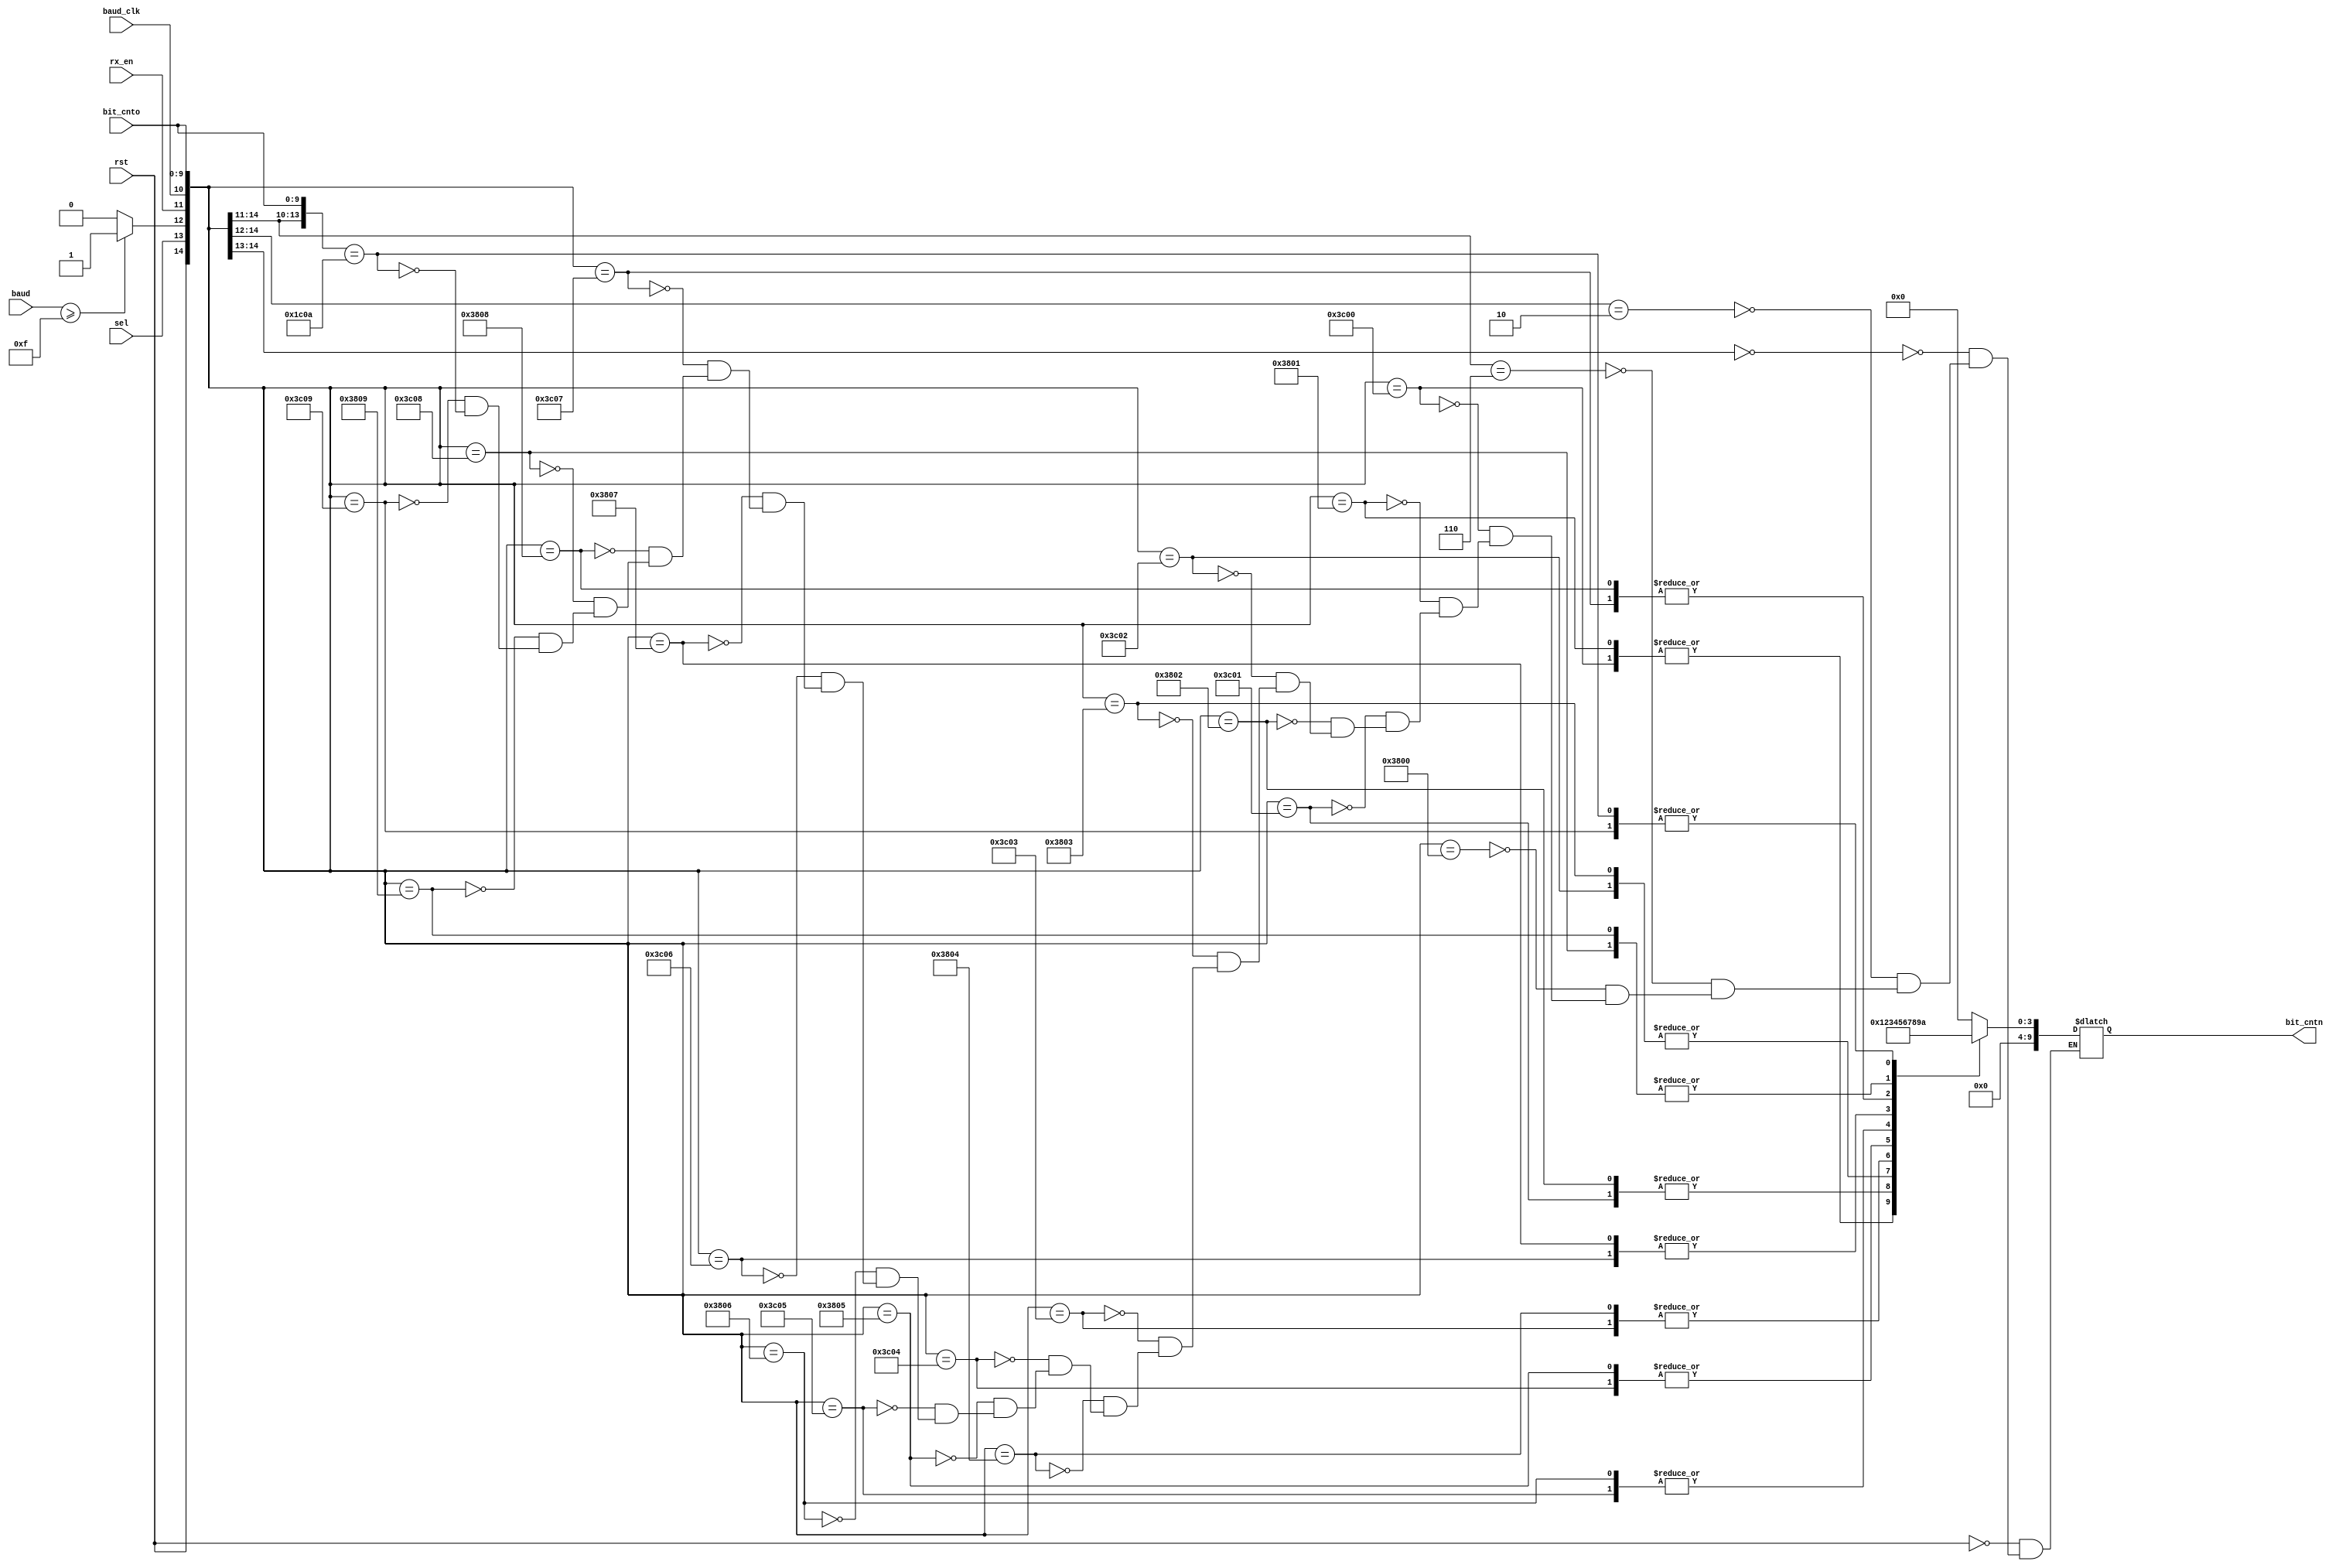
module rx_cp
(
	input wire			rst,
	input wire			sel,
	input wire			rx_en,
	input wire			baud_clk,
	input wire [9:0]  bit_cnto,
	input wire [19:0] baud,
	
	output reg [9:0] bit_cntn
);

wire valid_baud;

assign valid_baud = (baud >= 20'd15) ? 1'b1 : 1'b0;

always @ *
begin

	casex ({rst, sel, valid_baud, rx_en,  baud_clk, bit_cnto})
	
	{1'b1, 1'bx, 1'bx, 1'bx, 1'bx, 10'dx}: bit_cntn <= 10'd0;	// reset control
	
	{1'b0, 1'b0, 1'bx, 1'bx, 1'bx, 10'dx}: bit_cntn <= 10'd0;	// standby
	
	{1'b0, 1'b1, 1'b0, 1'bx, 1'bx, 10'dx}: bit_cntn <= 10'dx;	// invalid baudrate
	
	{1'b0, 1'b1, 1'b1, 1'b0, 1'bx, 10'dx}: bit_cntn <= 10'd0;	// idling
	
	{1'b0, 1'b1, 1'b1, 1'b1, 1'b0, 10'd0}: bit_cntn <= 10'd0;	// rx start bit
	{1'b0, 1'b1, 1'b1, 1'b1, 1'b1, 10'd0}: bit_cntn <= 10'd1;
	
	{1'b0, 1'b1, 1'b1, 1'b1, 1'b0, 10'd1}: bit_cntn <= 10'd1;	// rx bit 1
	{1'b0, 1'b1, 1'b1, 1'b1, 1'b1, 10'd1}: bit_cntn <= 10'd2;
	
	{1'b0, 1'b1, 1'b1, 1'b1, 1'b0, 10'd2}: bit_cntn <= 10'd2;	// rx bit 2
	{1'b0, 1'b1, 1'b1, 1'b1, 1'b1, 10'd2}: bit_cntn <= 10'd3;
	
	{1'b0, 1'b1, 1'b1, 1'b1, 1'b0, 10'd3}: bit_cntn <= 10'd3;	// rx bit 3
	{1'b0, 1'b1, 1'b1, 1'b1, 1'b1, 10'd3}: bit_cntn <= 10'd4;
	
	{1'b0, 1'b1, 1'b1, 1'b1, 1'b0, 10'd4}: bit_cntn <= 10'd4;	// rx bit 4
	{1'b0, 1'b1, 1'b1, 1'b1, 1'b1, 10'd4}: bit_cntn <= 10'd5;
	
	{1'b0, 1'b1, 1'b1, 1'b1, 1'b0, 10'd5}: bit_cntn <= 10'd5;	// rx bit 5
	{1'b0, 1'b1, 1'b1, 1'b1, 1'b1, 10'd5}: bit_cntn <= 10'd6;
	
	{1'b0, 1'b1, 1'b1, 1'b1, 1'b0, 10'd6}: bit_cntn <= 10'd6;	// rx bit 6
	{1'b0, 1'b1, 1'b1, 1'b1, 1'b1, 10'd6}: bit_cntn <= 10'd7;
	
	{1'b0, 1'b1, 1'b1, 1'b1, 1'b0, 10'd7}: bit_cntn <= 10'd7;	// rx bit 7
	{1'b0, 1'b1, 1'b1, 1'b1, 1'b1, 10'd7}: bit_cntn <= 10'd8;
	
	{1'b0, 1'b1, 1'b1, 1'b1, 1'b0, 10'd8}: bit_cntn <= 10'd8;	// rx bit 8
	{1'b0, 1'b1, 1'b1, 1'b1, 1'b1, 10'd8}: bit_cntn <= 10'd9;
	
	{1'b0, 1'b1, 1'b1, 1'b1, 1'b0, 10'd9}: bit_cntn <= 10'd9;	// rx stop bit
	{1'b0, 1'b1, 1'b1, 1'b1, 1'b1, 10'd9}: bit_cntn <= 10'd10;
	
	{1'b0, 1'b1, 1'b1, 1'b1, 1'bx, 10'd10}: bit_cntn <= 10'd10;
	
	endcase
	
end

endmodule